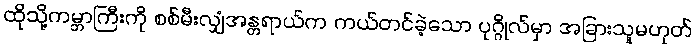
ထိုသို့ကမ္ဘာကြီးကို စစ်မီးလျှံအန္တရာယ်က ကယ်တင်ခဲ့သော ပုဂ္ဂိုလ်မှာ အခြားသူမဟုတ်